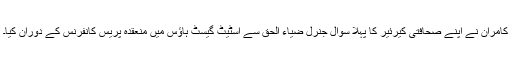
کامران نے اپنے صحافتی کیرئیر کا پہلا سوال جنرل ضیاء الحق سے اسٹیٹ گیسٹ ہاؤس میں منعقدہ پریس کانفرنس کے دوران کیا۔